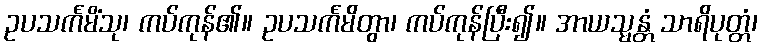
ဥပသင်္ကမိံသု၊ ကပ်ကုန်၏။ ဥပသင်္ကမိတွာ၊ ကပ်ကုန်ပြီး၍။ အာယသ္မန္တံ သာရိပုတ္တံ၊